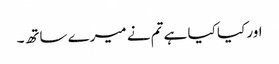
اور کیا کیا ہے تم نے میرے ساتھ۔